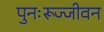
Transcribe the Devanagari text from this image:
पुनःरूज्जीवन